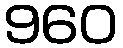
960